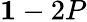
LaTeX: {\mathbf 1}-2P